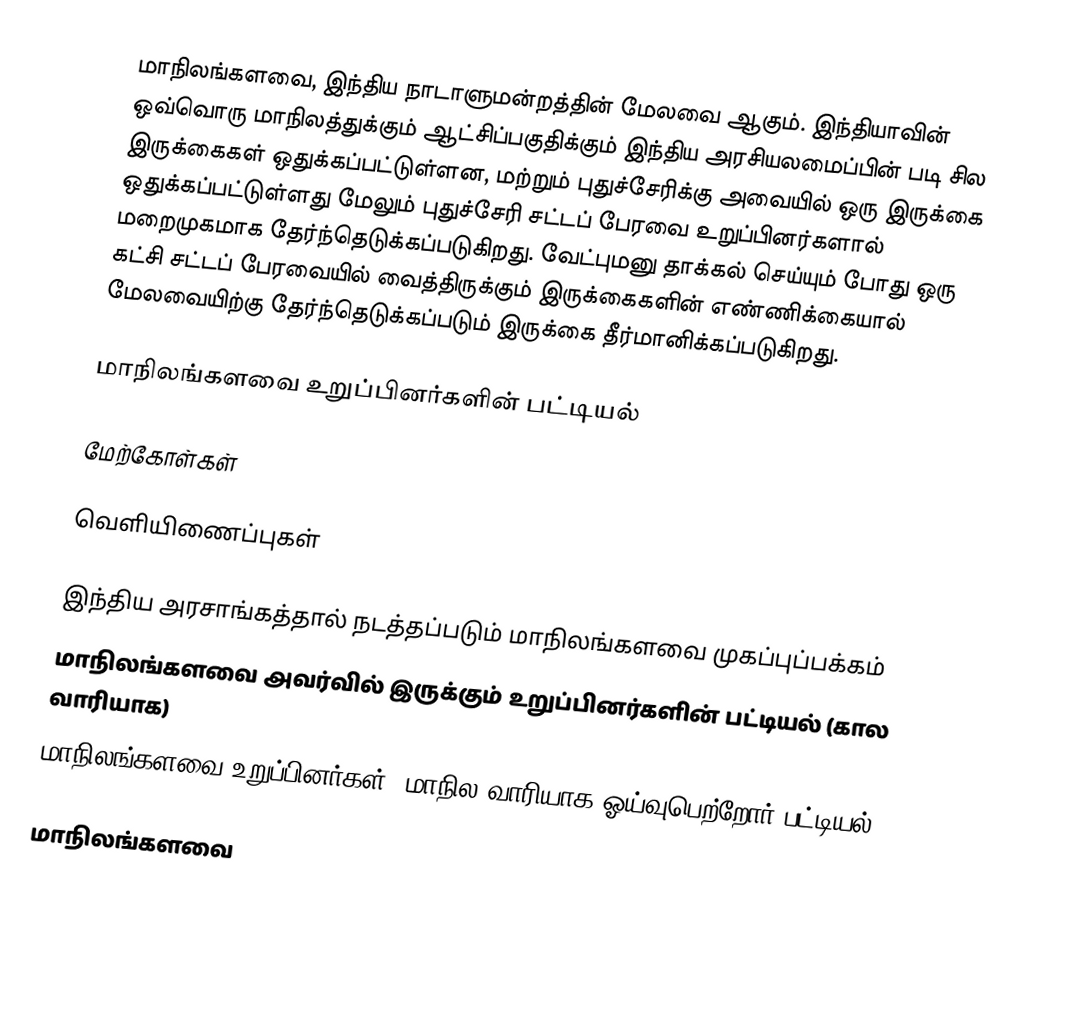
மாநிலங்களவை, இந்திய நாடாளுமன்றத்தின் மேலவை ஆகும். இந்தியாவின் ஒவ்வொரு மாநிலத்துக்கும் ஆட்சிப்பகுதிக்கும் இந்திய அரசியலமைப்பின் படி சில இருக்கைகள் ஒதுக்கப்பட்டுள்ளன, மற்றும் புதுச்சேரிக்கு அவையில் ஒரு இருக்கை ஒதுக்கப்பட்டுள்ளது மேலும் புதுச்சேரி சட்டப் பேரவை உறுப்பினர்களால் மறைமுகமாக தேர்ந்தெடுக்கப்படுகிறது. வேட்புமனு தாக்கல் செய்யும் போது ஒரு கட்சி சட்டப் பேரவையில் வைத்திருக்கும் இருக்கைகளின் எண்ணிக்கையால் மேலவையிற்கு தேர்ந்தெடுக்கப்படும் இருக்கை தீர்மானிக்கப்படுகிறது.

மாநிலங்களவை உறுப்பினர்களின் பட்டியல்

மேற்கோள்கள்

வெளியிணைப்புகள்

 இந்திய அரசாங்கத்தால் நடத்தப்படும் மாநிலங்களவை முகப்புப்பக்கம்
மாநிலங்களவை அவர்வில் இருக்கும் உறுப்பினர்களின் பட்டியல் (கால வாரியாக)
மாநிலங்களவை உறுப்பினர்கள் (மாநில வாரியாக ஓய்வுபெற்றோர் பட்டியல்)

மாநிலங்களவை